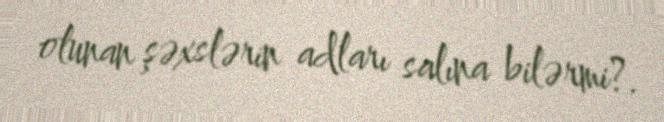
olunan şəxslərin adları salına bilərmi?.